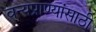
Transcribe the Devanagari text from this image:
वन्यप्राण्यांसाठी